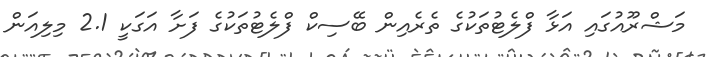
މަޝްރޫއުގައި އަޅާ ފްލެޓުތަކުގެ ތެރެއިން ބޭސިކް ފްލެޓުތަކުގެ ފަށާ އަގަކީ 2.1 މިލިއަން